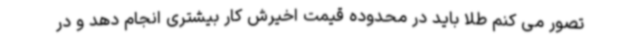
تصور می کنم طلا باید در محدوده قیمت اخیرش کار بیشتری انجام دهد و در